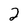
Character: 2